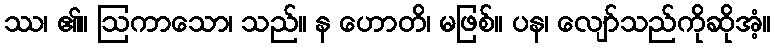
ဿ၊ ၏။ ဩကာသော၊ သည်။ န ဟောတိ၊ မဖြစ်။ ပန၊ လျော်သည်ကိုဆိုအံ့။